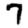
Digit: 7